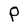
Character: P